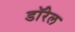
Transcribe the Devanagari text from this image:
डॉरेल